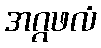
အဂ္ဂဖလံ